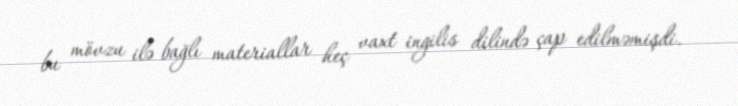
bu mövzu ilə bağlı materiallar heç vaxt ingilis dilində çap edilməmişdi.